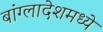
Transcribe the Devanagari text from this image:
बांग्लादेशमध्ये